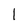
Character: 1